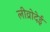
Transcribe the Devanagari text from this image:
लीव्रोदेई